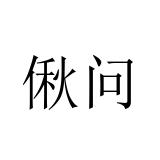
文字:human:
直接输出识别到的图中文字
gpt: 偢问